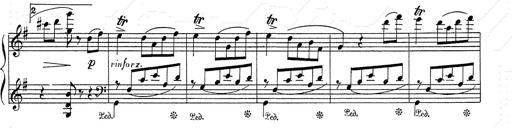
Title: 6 Polish Songs
Composer: Franz Liszt